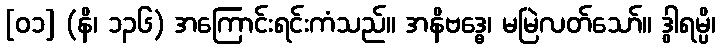
[၀၁] (နိ၊ ၁၃၆) အကြောင်းရင်းကံသည်။ အနိဗဒ္ဓေ၊ မမြဲလတ်သော်။ ဒွါရမ္ပိ၊